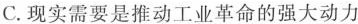
C.现实需要是推动工业革命的强大动力